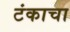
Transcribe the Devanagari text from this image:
टंकाचा